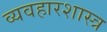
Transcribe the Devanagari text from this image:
व्यवहारशास्त्र